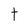
Character: t